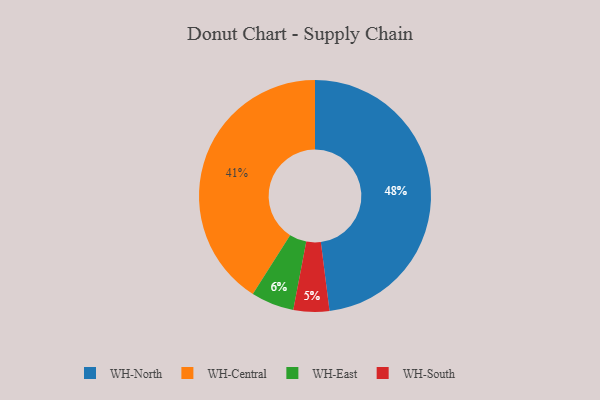
{"axis": {"x": "Category", "y": "Percentage"}, "legend": ["WH-Central", "WH-East", "WH-North", "WH-South"], "data": [{"x": "WH-North", "y": 48, "type": "WH-North"}, {"x": "WH-South", "y": 5, "type": "WH-South"}, {"x": "WH-East", "y": 6, "type": "WH-East"}, {"x": "WH-Central", "y": 41, "type": "WH-Central"}]}